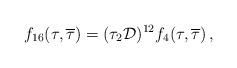
\begin{align*}f_{16}(\tau,{\overline\tau}) = (\tau_{2} {\cal D})^{12} f_{4}(\tau,{\overline\tau}) \, , \end{align*}